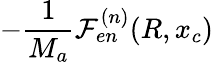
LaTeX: -\frac{1}{M_{a}}\mathcal{F}_{en}^{(n)}(R,x_{c})